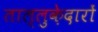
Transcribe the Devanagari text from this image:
ताल्लुक़ेदारों